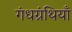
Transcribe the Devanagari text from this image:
गंधग्रंथियाँ